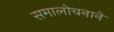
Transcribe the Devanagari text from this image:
समालोचनाने